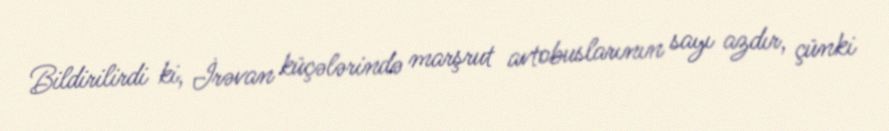
Bildirilirdi ki, İrəvan küçələrində marşrut avtobuslarının sayı azdır, çünki